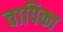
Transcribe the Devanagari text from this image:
वापिका